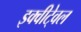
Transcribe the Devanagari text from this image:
इक्वीटे्वल